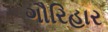
ગૌરિહાર